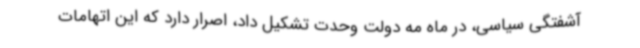
آشفتگی سیاسی، در ماه مه دولت وحدت تشکیل داد، اصرار دارد که این اتهامات